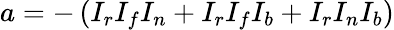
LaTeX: a=-\left(I_{r}I_{f}I_{n}+I_{r}I_{f}I_{b}+I_{r}I_{n}I_{b}\right)